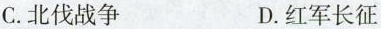
C.北伐战争 D.红军长征